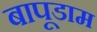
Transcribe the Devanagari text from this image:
बापूडाम